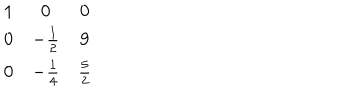
\begin{matrix} { { 1 } } & { { 0 } } & { { 0 } } \\ { { 0 } } & { { - { \frac { 1 } { 2 } } } } & { { 9 } } \\ { { 0 } } & { { - { \frac { 1 } { 4 } } } } & { { { \frac { 5 } { 2 } } } } \\ \end{matrix}